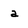
Character: a